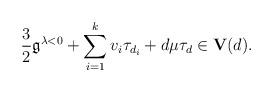
LaTeX: \begin{align*} \frac{3}{2}\mathfrak{g}^{\lambda<0}+\sum_{i=1}^k v_i\tau_{d_i}+d\mu\tau_d\in \textbf{V}(d).\end{align*}